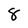
Character: 8